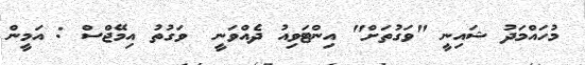
މުހައްމަދު ޝައިނީ "ވަގުތަށް" އިންޓަވިއު ދެއްވަނީ  ވަގުތު އިމޭޖްސް : އަމީން